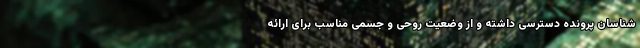
شناسان پرونده دسترسی داشته و از وضعیت روحی و جسمی مناسب برای ارائه